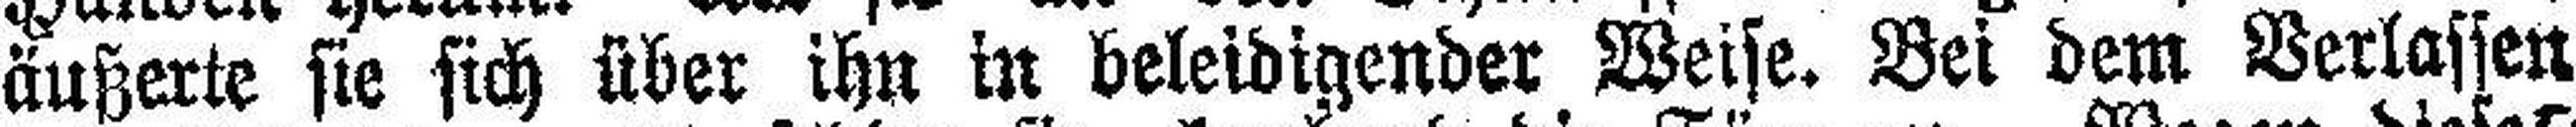
äußerte sie sich über ihn in beleidigender Weise. Bei dem Verlassen